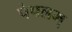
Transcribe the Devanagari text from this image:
पेपलम्